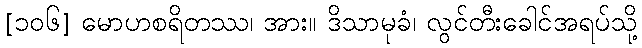
[၁၀၆] မောဟစရိတဿ၊ အား။ ဒိသာမုခံ၊ လွင်တီးခေါင်အရပ်သို့